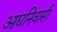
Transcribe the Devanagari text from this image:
आद्यनिवासी